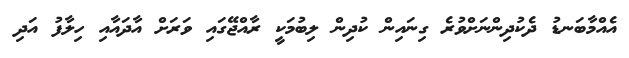
އެއްމާބަނޑު ދެކުދިންނަށްވުރެ ގިނައިން ކުދިން ލިބުމަކީ ރާއްޖޭގައި ވަރަށް އާދައާއި ހިލާފު އަދި